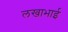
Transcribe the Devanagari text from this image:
लखाभाई